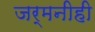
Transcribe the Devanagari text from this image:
जर्मनीही